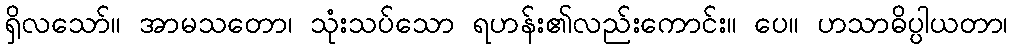
ရှိလသော်။ အာမသတော၊ သုံးသပ်သော ရဟန်း၏လည်းကောင်း။ ပေ။ ဟသာဓိပ္ပါယတာ၊